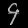
Digit: ၄